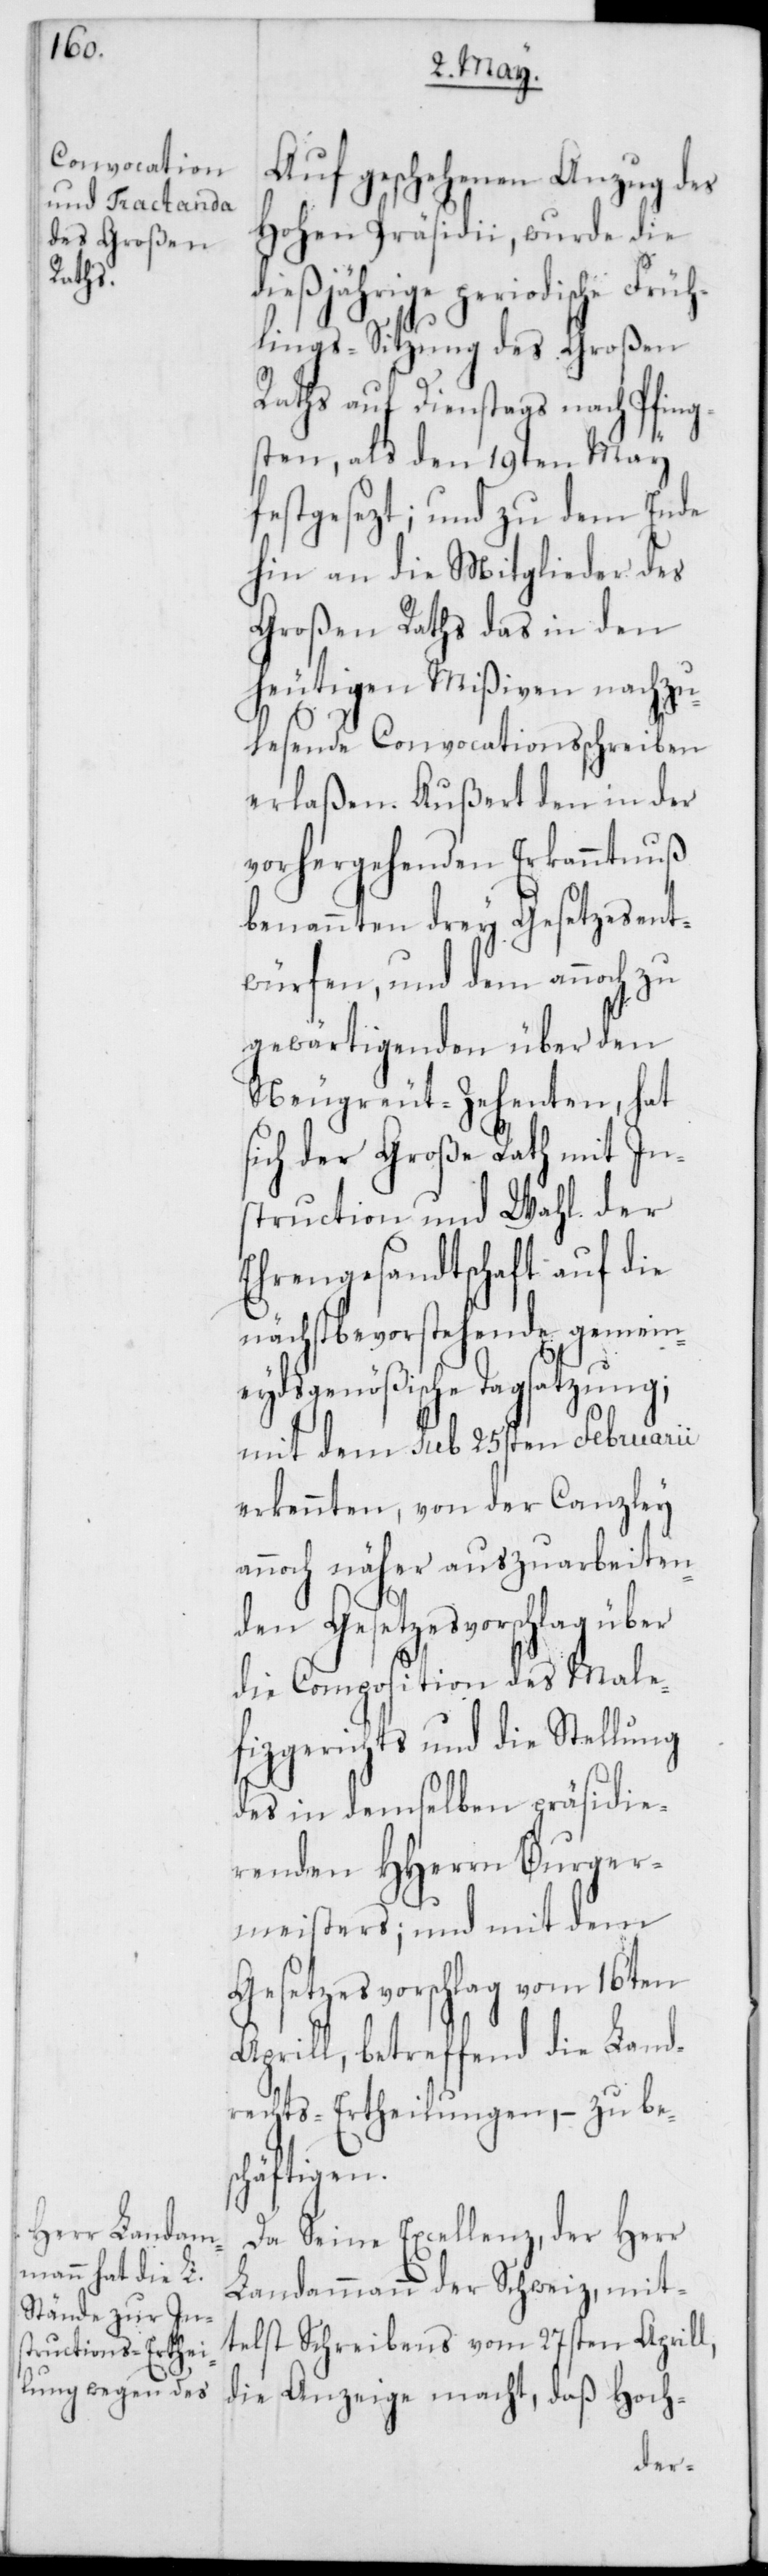
s¬

Auf geschehenen Anzug des
Hohen Präsidii, wurde die
dießjährige periodische Früh¬
lings-Sitzung des Großen
Raths auf Dienstags nach Pfing¬
sten, als den 19ten May
festgesezt; und zu dem Ende
hin an die Mitglieder des
Großen Raths das in den
heutigen Mißiven nachzu¬
lesende Convocationsschreiben
erlaßen. Außert den in der
vorhergehenden Erkanntnuß
benannten drey Gesetzesent¬
würfen, und dem annoch zu
gewärtigenden über den
Neugreut-Zehenten, hat
ich der Große Rath mit In¬
struction und Wahl der
Ehrengesandtschaft auf die
nächst bevorstehende gemein¬
eydsgenößische Tagsatzung;
mit dem sub 25sten Februarii
erkennten, von der Canzley
annoch näher auszuarbeiten¬
den Gesetzesvorschlag über
die Composition des Male¬
fizgerichts und die Stellung
des in demselben präsidie¬
renden HHerrn Burger¬
meisters; und mit dem
Gesetzesvorschlag vom 16ten
Aprill, betreffend die Land¬
rechts-Ertheilungen, – zu be¬
schäftigen.
Da Seine Excellenz, der Herr
Landammann der Schweiz, mit¬
telst Schreibens vom 27sten Aprill,
die Anzeige macht, daß Hoch-